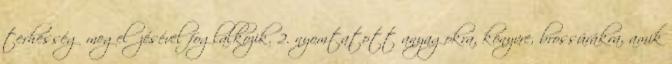
terhesség megelőzésével foglalkozik. 2. nyomtatott anyagokra, könyvre, brossúrákra, amik